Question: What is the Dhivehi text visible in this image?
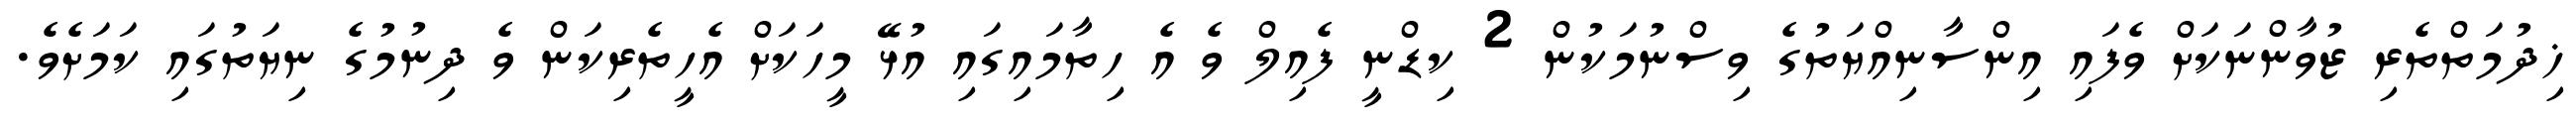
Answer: ޚިދުމަތްތެރި ޒުވާންނަކަށް ވެފައި އިންސާނިއްޔަތުގެ ވިސްނުމަކުން 2 ކިޑްނީ ފެއިލް ވެ އެ ހިތާމައިގައި އުޅޭ މީހަކަށް އެހީތެރިކަން ވެ ދިނުމުގެ ނިޔަތުގައި ކަމަށެވެ.